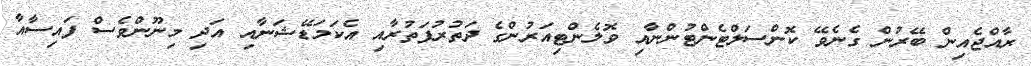
ރާއްޖެއިން ބޭރުން ގެނެވޭ ކޮންސަލްޓެންޓުންނާއި ވޮލެންޓިއަރުންގެ ދަތުރުފަތުރާއި އެކަމަޑޭޝަނާއި އަދި މިނޫންވެސް ފައިސާއާ